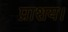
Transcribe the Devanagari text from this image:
प्राशय।